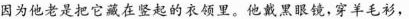
因为他老是把它藏在竖起的衣领里。他戴黑眼镜，穿羊毛衫，